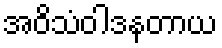
အဝိသံဝါဒနတာယ